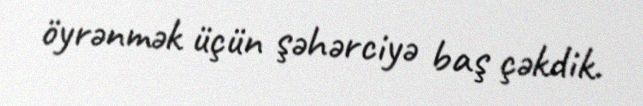
öyrənmək üçün şəhərciyə baş çəkdik.